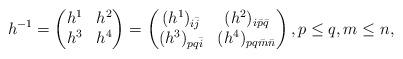
LaTeX: \begin{align*}h^{-1}=\left(\begin{matrix}h^1&h^2\\h^3&h^4\end{matrix}\right) =\left(\begin{matrix}(h^1)_{i\bar{j}}&(h^2)_{i\bar{p}\bar{q}}\\(h^3)_{pq\bar{i}}&(h^4)_{pq\bar{m}\bar{n}}\end{matrix}\right), p\leq q, m\leq n,\end{align*}